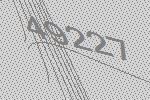
49227